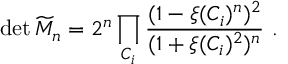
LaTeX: \operatorname * { d e t } { \widetilde { \cal M } _ { n } } = 2 ^ { n } \prod _ { C _ { i } } { \frac { ( 1 - \xi ( C _ { i } ) ^ { n } ) ^ { 2 } } { ( 1 + \xi ( C _ { i } ) ^ { 2 } ) ^ { n } } } ~ .